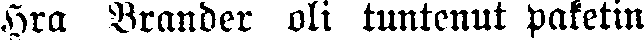
Hra Bränder oli tuntenut paketin